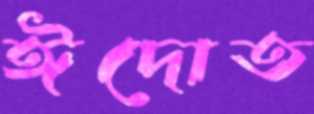
ঈদোত